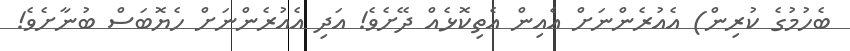
ބެހުމުގެ ކުރިން) އެއުރެންނަށް އެއިން އެތިކޮޅެއް ދޭށެވެ! އަދި އެއުރެންނަށް ހެޔޮބަސް ބުނާށެވެ!